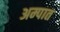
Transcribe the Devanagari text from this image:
अम्पात